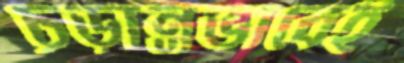
চূড়ান্তভাবেই